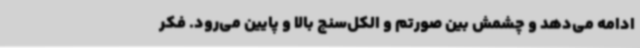
ادامه می‌دهد و چشمش بین صورتم و الکل‌سنج بالا و پایین می‌رود. فکر